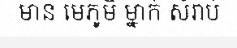
មាន មេភូមិ ម្នាក់ សំរាប់